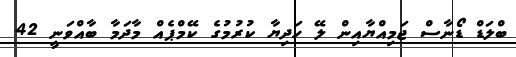
ބްލަޑް ޑޯނާސް ޖަމިއްޔާއިން ލޭ ހަދިޔާ ކުރުމުގެ ކޭމްޕެއް މާދަމާ ބާއްވަނީ 42